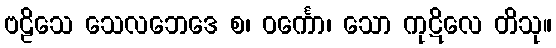
ဗဠိသေ သေလဘေဒေ စ၊ ဝင်္ကော၊ သော ကုဋိလေ တိသု။